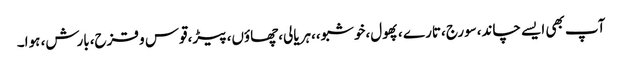
آپ بھی ایسے چاند،سورج ،تارے ،پھول،خوشبو،،ہریالی،چھاؤں،پیڑ،قوس و قزح،بارش، ہوا۔